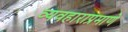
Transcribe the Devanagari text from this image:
व्यवहाराप्रमाणे